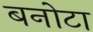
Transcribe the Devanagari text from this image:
बनोटा